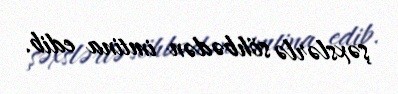
şəxslərlə söhbədən imtina edib.